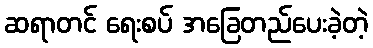
ဆရာတင် ရေးစပ် အခြေတည်ပေးခဲ့တဲ့